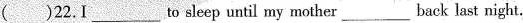
( )22.I___to sleep until my mother___back last night.